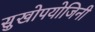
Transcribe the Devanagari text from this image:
सुखोपयोजिनी